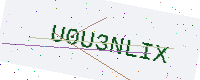
Text: U0U3NLIX